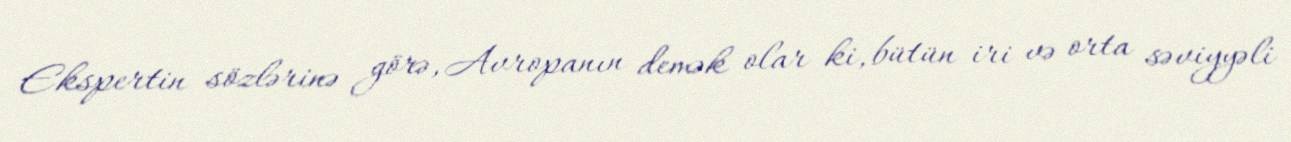
Ekspertin sözlərinə görə, Avropanın demək olar ki, bütün iri və orta səviyyəli